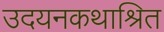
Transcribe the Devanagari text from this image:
उदयनकथाश्रित